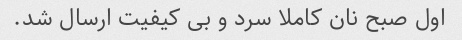
اول صبح نان کاملا سرد و بی کیفیت ارسال شد.